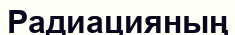
Радиацияның